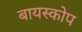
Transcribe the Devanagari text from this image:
बायस्कोप